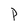
Character: p